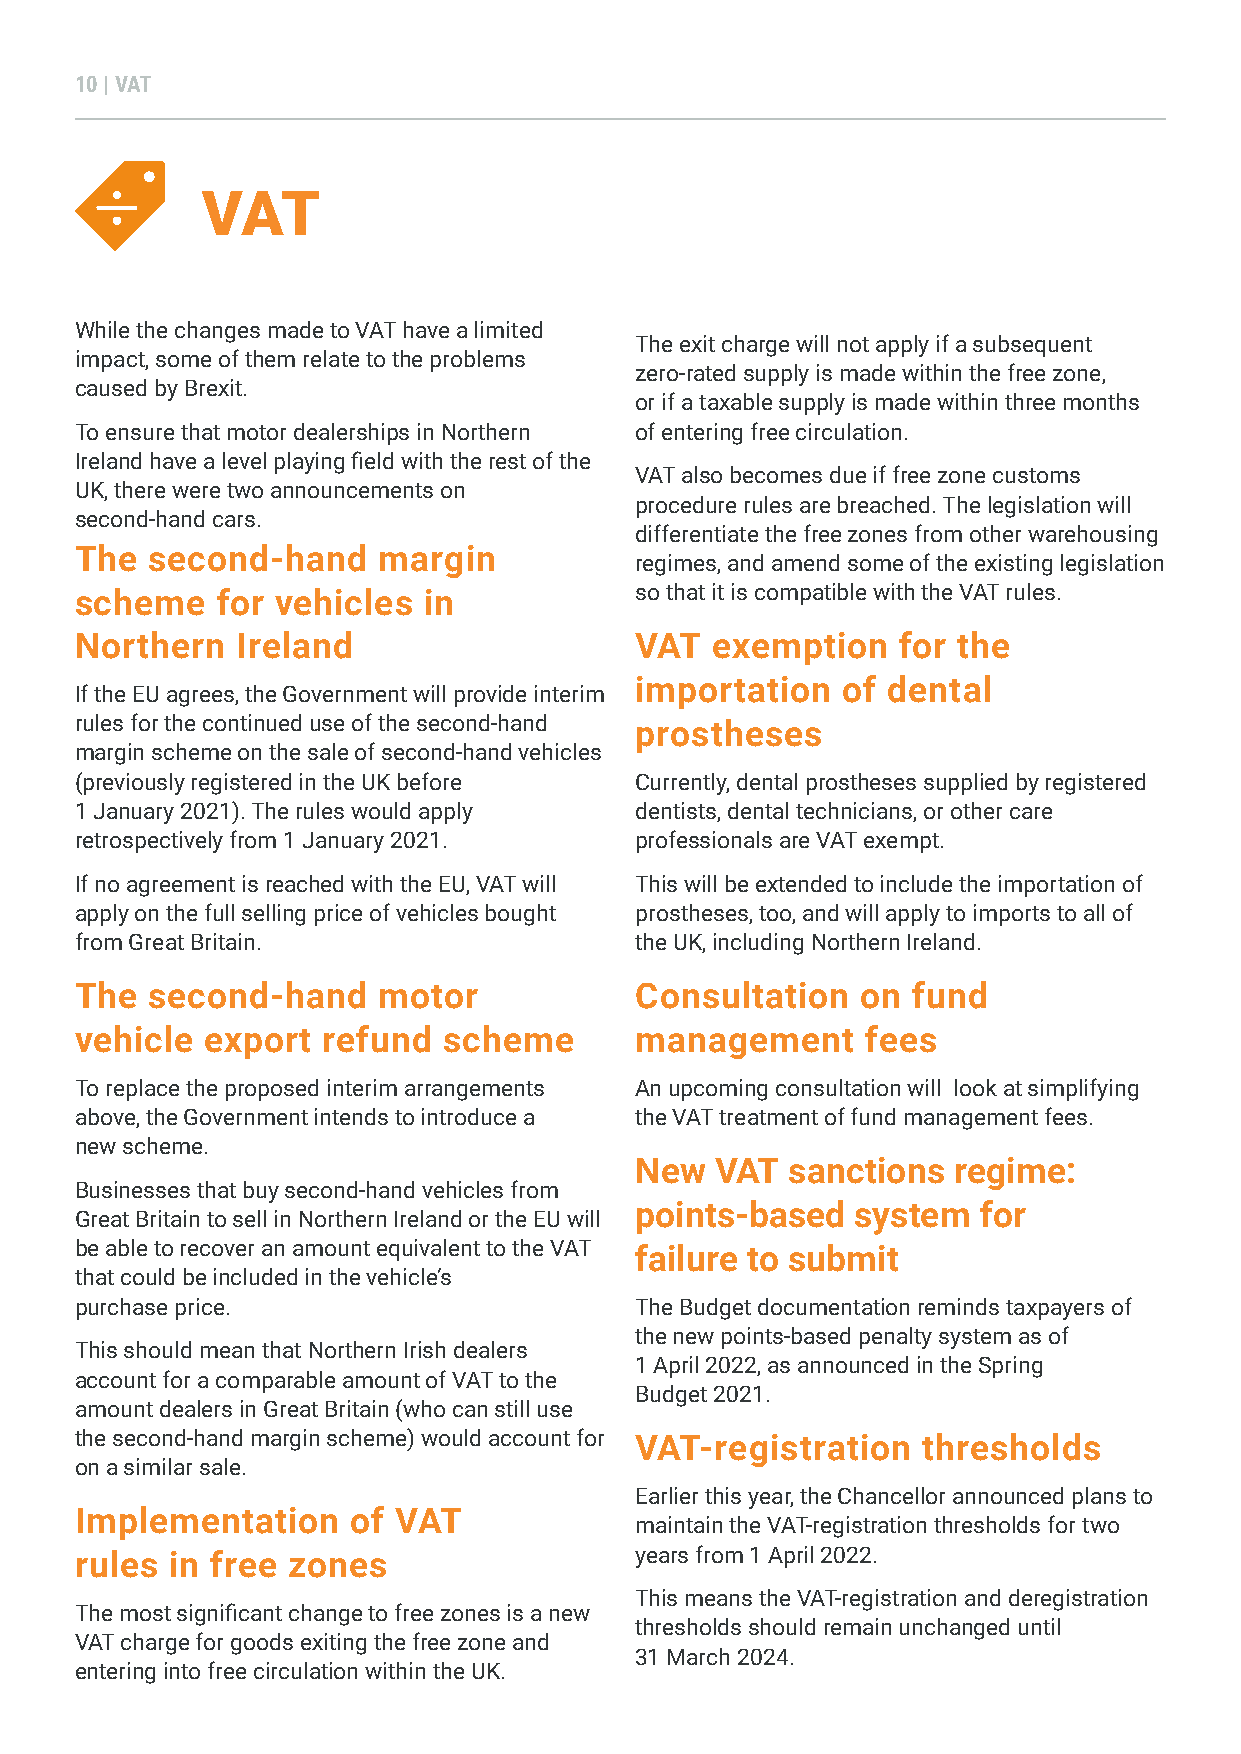
10 | VAT
 VAT
 While the changes made to VAT have a limited
 The exit charge will not apply if a subsequent
 impact, some of them relate to the problems
 zero-rated supply is made within the free zone,
 caused by Brexit.
 or if a taxable supply is made within three months
 To ensure that motor dealerships in Northern of entering free circulation.
 Ireland have a level playing field with the rest of the
 VAT also becomes due if free zone customs
 UK, there were two announcements on
 procedure rules are breached. The legislation will
 second-hand cars.
 differentiate the free zones from other warehousing
 The  second-hand    margin
 regimes, and amend some of the existing legislation
 scheme   for vehicles  in            so that it is compatible with the VAT rules.
 Northern   Ireland                   VAT  exemption   for the
 importation   of dental
 If the EU agrees, the Government will provide interim
 rules for the continued use of the second-hand prostheses
 margin scheme on the sale of second-hand vehicles
 (previously registered in the UK before Currently, dental prostheses supplied by registered
 1 January 2021). The rules would apply dentists, dental technicians, or other care
 retrospectively from 1 January 2021. professionals are VAT exempt.
 If no agreement is reached with the EU, VAT will This will be extended to include the importation of
 apply on the full selling price of vehicles bought prostheses, too, and will apply to imports to all of
 from Great Britain.                  the UK, including Northern Ireland.
 The  second-hand    motor            Consultation   on fund
 vehicle  export refund  scheme       management     fees
 To replace the proposed interim arrangements An upcoming consultation will look at simplifying
 above, the Government intends to introduce a the VAT treatment of fund management fees.
 new scheme.
 New  VAT  sanctions  regime:
 Businesses that buy second-hand vehicles from
 points-based   system  for
 Great Britain to sell in Northern Ireland or the EU will
 be able to recover an amount equivalent to the VAT failure to submit
 that could be included in the vehicle’s
 purchase price.                      The Budget documentation reminds taxpayers of
 the new points-based penalty system as of
 This should mean that Northern Irish dealers
 1 April 2022, as announced in the Spring
 account for a comparable amount of VAT to the
 Budget 2021.
 amount dealers in Great Britain (who can still use
 the second-hand margin scheme) would account for VAT-registration thresholds
 on a similar sale.
 Earlier this year, the Chancellor announced plans to
 Implementation    of VAT
 maintain the VAT-registration thresholds for two
 rules in free zones                  years from 1 April 2022.
 This means the VAT-registration and deregistration
 The most significant change to free zones is a new
 thresholds should remain unchanged until
 VAT charge for goods exiting the free zone and
 31 March 2024.
 entering into free circulation within the UK.